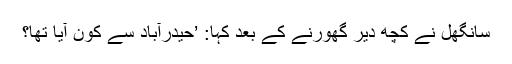
سانگھل نے کچھ دیر گھورنے کے بعد کہا: ’حیدرآباد سے کون آیا تھا؟